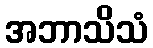
အဘာသိသံ